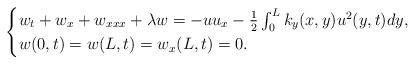
LaTeX: \begin{align*}\begin{cases}w_{t}+w_x+w_{xxx}+\lambda w=-uu_x-\frac{1}{2}\int_0^L k_y(x,y)u^2(y,t)dy, \\w(0,t)=w(L,t)=w_x(L,t)=0.\end{cases}\end{align*}